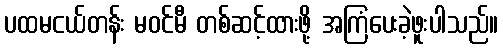
ပထမငယ်တန်း မဝင်မီ တစ်ဆင့်ထားဖို့ အကြံပေးခဲ့ဖူးပါသည်။